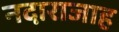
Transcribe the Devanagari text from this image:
नदाराजाह